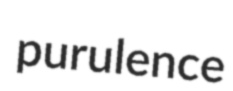
purulence